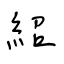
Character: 紹